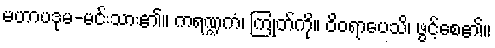
မဟာပဒုမ-မင်းသား၏။ ကရဏ္ဍကံ၊ ကြုတ်ကို။ ဝိဝရာပေသိ၊ ဖွင့်စေ၏။